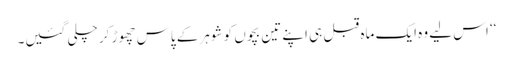
‘‘ اس لیے وہ ایک ماہ قبل ہی اپنے تین بچوں کو شوہر کے پاس چھوڑ کر چلی گئیں۔